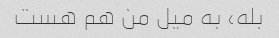
بله، به میل من هم هست